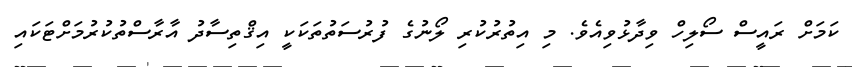
ކަމަށް ރައީސް ސޯލިހް ވިދާޅުވިއެވެ. މި އިތުރުކުރި ލޯނުގެ ފުރުސަތުތަކަކީ އިޤްތިސާދު އާރާސްތުކުރުމަށްޓަކައި